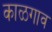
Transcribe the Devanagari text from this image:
काळगाव